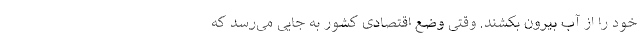
خود را از آب بیرون بکشند. وقتی وضع اقتصادی کشور به جایی می‌رسد که